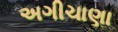
અગીચાણા